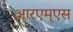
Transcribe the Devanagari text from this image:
आरएम्एस